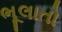
ભૂલાતો